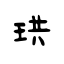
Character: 珙